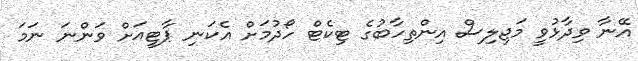
އޭނާ ވިދާޅުވީ މަޖިލިސް އިންތިހާބުގެ ޓިކެޓް ހޯދުމަށް އެކަނި ޕާޓީއަށް ވަންނަ ނަމަ